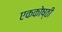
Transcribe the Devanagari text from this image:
एककोष्ठी